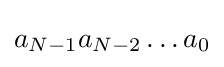
a_{N-1}a_{N-2}\dots a_{0}